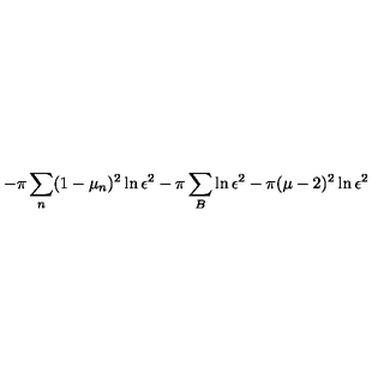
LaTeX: - \pi \sum _ { n } ( 1 - \mu _ { n } ) ^ { 2 } \ln \epsilon ^ { 2 } - \pi \sum _ { B } \ln \epsilon ^ { 2 } - \pi ( \mu - 2 ) ^ { 2 } \ln \epsilon ^ { 2 }